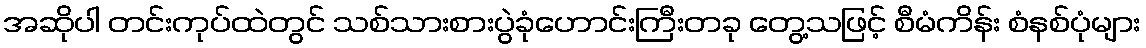
အဆိုပါ တင်းကုပ်ထဲတွင် သစ်သားစားပွဲခုံဟောင်းကြီးတခု တွေ့သဖြင့် စီမံကိန်း စံနစ်ပုံများ